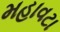
મહાવટા